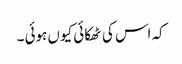
کہ اس کی ٹھکائی کیوں ہوئی ۔